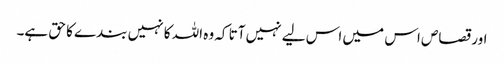
اور قصاص اس میں اس لیے نہیں آتا کہ وہ اللہ کا نہیں بندے کا حق ہے۔